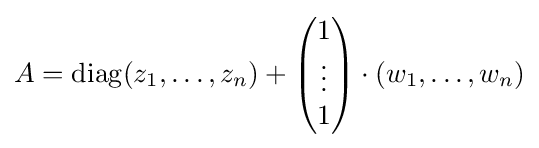
A=\mathrm {diag} (z_{1},\dots ,z_{n})+{\begin{pmatrix}1\\\vdots \\1\end{pmatrix}}\cdot \left(w_{1},\dots ,w_{n}\right)